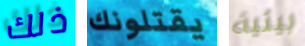
ذلك يقتلونك بيئية